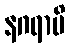
နဂရာပိ